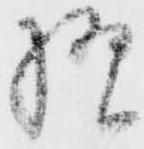
様